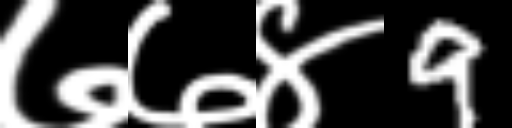
Text: ७७४9